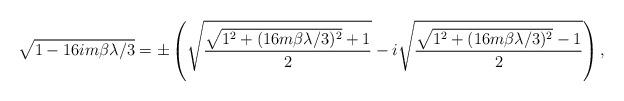
LaTeX: \begin{align*}\sqrt{1- 16im\beta \lambda/3}=\pm \left( \sqrt{\frac{\sqrt{1^{2}+(16m\beta \lambda /3)^{2}}+1}{2}} - i \sqrt{\frac{\sqrt{1^{2}+(16m\beta \lambda /3)^{2}}-1}{2}} \right),\end{align*}